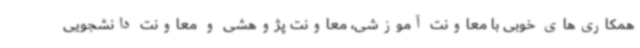
همکاری‌های خوبی با معاونت آموزشی، معاونت پژوهشی و معاونت دانشجویی